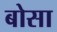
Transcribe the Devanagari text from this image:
बोसा